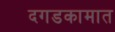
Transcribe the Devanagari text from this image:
दगडकामात